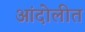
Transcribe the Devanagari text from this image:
आंदोलीत